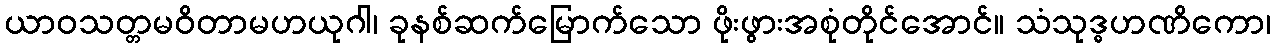
ယာဝသတ္တမဝိတာမဟယုဂါ၊ ခုနစ်ဆက်မြောက်သော ဖိုးဖွားအစုံတိုင်အောင်။ သံသုဒ္ဓဟဏိကော၊